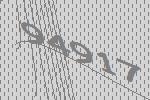
94917